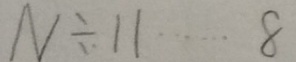
N \div 1 1 \cdots 8